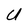
Character: U